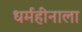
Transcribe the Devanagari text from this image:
धर्महीनाला